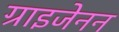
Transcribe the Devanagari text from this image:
ग्राइजेनन